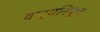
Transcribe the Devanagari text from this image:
वाद्यनिपुण